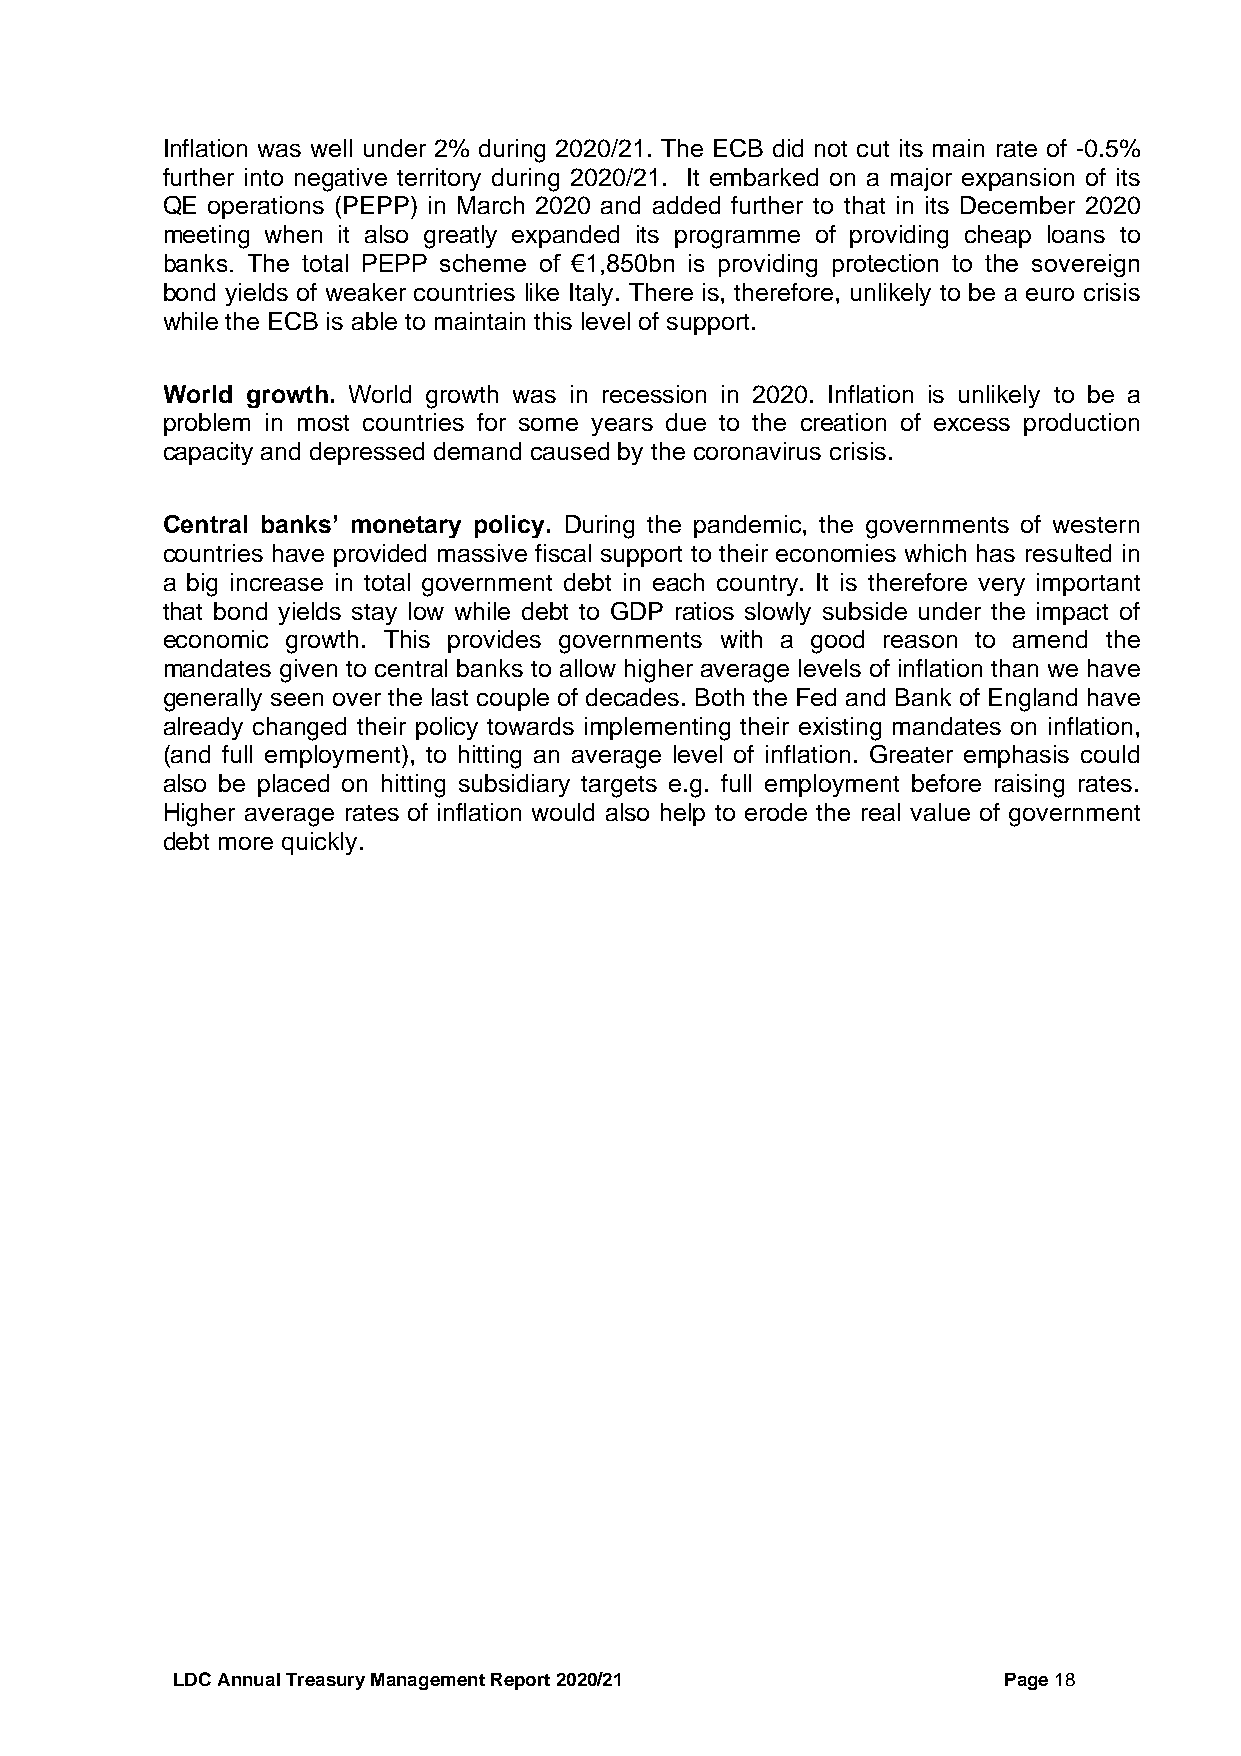
Inflation was well under 2% during 2020/21. The ECB did not cut its main rate of -0.5%
 further into negative territory during 2020/21. It embarked on a major expansion of its
 QE operations (PEPP) in March 2020 and added further to that in its December 2020
 meeting when it also greatly expanded its programme of providing cheap loans to
 banks. The total PEPP scheme of €1,850bn is providing protection to the sovereign
 bond yields of weaker countries like Italy. There is, therefore, unlikely to be a euro crisis
 while the ECB is able to maintain this level of support.
 World growth. World growth was in recession in 2020. Inflation is unlikely to be a
 problem in most countries for some years due to the creation of excess production
 capacity and depressed demand caused by the coronavirus crisis.
 Central banks’ monetary policy. During the pandemic, the governments of western
 countries have provided massive fiscal support to their economies which has resulted in
 a big increase in total government debt in each country. It is therefore very important
 that bond yields stay low while debt to GDP ratios slowly subside under the impact of
 economic growth. This provides governments with a good reason to amend the
 mandates given to central banks to allow higher average levels of inflation than we have
 generally seen over the last couple of decades. Both the Fed and Bank of England have
 already changed their policy towards implementing their existing mandates on inflation,
 (and full employment), to hitting an average level of inflation. Greater emphasis could
 also be placed on hitting subsidiary targets e.g. full employment before raising rates.
 Higher average rates of inflation would also help to erode the real value of government
 debt more quickly.
 LDC Annual Treasury Management Report 2020/21          Page 18